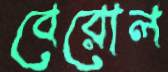
বেরোল